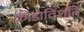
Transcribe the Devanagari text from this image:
क्रीडाविंशति